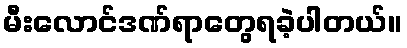
မီးလောင်ဒဏ်ရာတွေရခဲ့ပါတယ်။